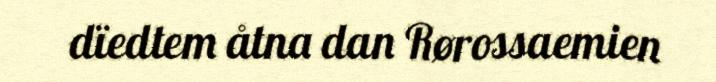
dïedtem åtna dan Rørossaemien